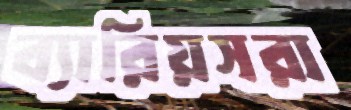
ব্যারিয়সরা